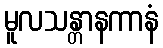
မူလသန္တာနကာနံ